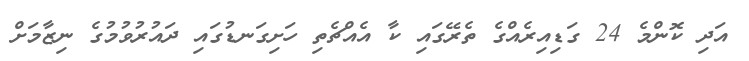
އަދި ކޮންމެ 24 ގަޑިއިރެއްގެ ތެރޭގައި ކާ އެއްޗެތި ހަށިގަނޑުގައި ދައުރުވުމުގެ ނިޒާމަށް